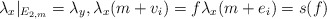
\begin{align*}\lambda_x |_{E_{2,m}} = \lambda_y, \lambda_x(m+v_i) = f \lambda_x(m+e_i)=s(f)\end{align*}